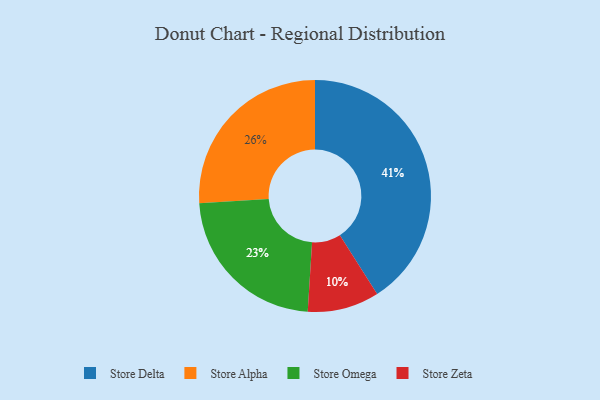
{"axis": {"x": "Category", "y": "Percentage"}, "legend": ["Store Alpha", "Store Delta", "Store Omega", "Store Zeta"], "data": [{"x": "Store Alpha", "y": 26, "type": "Store Alpha"}, {"x": "Store Zeta", "y": 10, "type": "Store Zeta"}, {"x": "Store Delta", "y": 41, "type": "Store Delta"}, {"x": "Store Omega", "y": 23, "type": "Store Omega"}]}